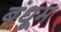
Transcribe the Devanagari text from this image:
बंधूम